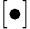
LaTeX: [\bullet]